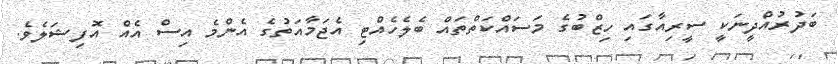
ބަދުރުއްދީނަކީ ސީރިއާގައި ހިޒްބުގެ މަސައްކަތްތައް ބެލެހެއްޓި އެޖަމާއަތުގެ އެންމެ އިސް އެއް އޮފިޝަލެވެ.